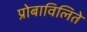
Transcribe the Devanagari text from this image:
प्रोबाविलिते